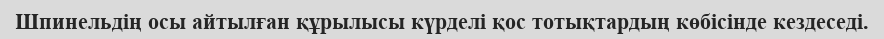
Шпинельдің осы айтылған құрылысы күрделі қос тотықтардың көбісінде кездеседі.